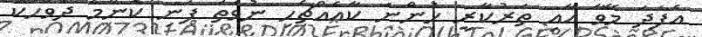
އެފަދަ މޭވާ އާއި ތަރުކާރީ ހުންނަ ކާއެއްޗެހި ނުވަތަ ފަނި ކޮންމެ ދުވަހަކު